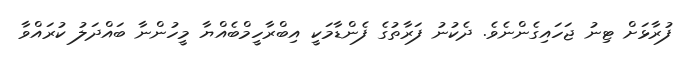
ފުރާޅަށް ޓިނު ޖަހައިގެންނެވެ. ދެކުނު ފަރާތުގެ ފެންޑާމަކީ އިބްރާހީމްބެއްޔާ މީހުންނާ ބައްދަލު ކުރައްވާ